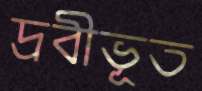
দ্রবীভূত